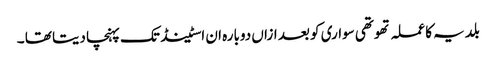
بلدیہ کا عملہ تھوتھی سواری کو بعد ازاں دوبارہ ان اسٹینڈ تک پہنچا دیتا تھا ۔